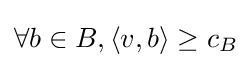
\forall b\in B,\langle v,b\rangle \geq c_{B}